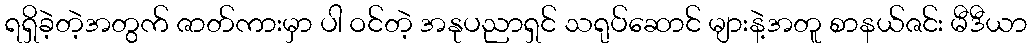
ရရှိခဲ့တဲ့အတွက် ဇာတ်ကားမှာ ပါ ဝင်တဲ့ အနုပညာရှင် သရုပ်ဆောင် များနဲ့အတူ စာနယ်ဇင်း မီဒီယာ